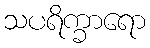
သပရိက္ခာရော